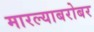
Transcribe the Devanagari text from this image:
मारल्याबरोबर